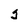
Character: s